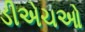
ડીએચઓ